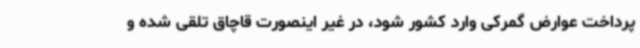
پرداخت عوارض گمرکی وارد کشور شود، در غیر اینصورت قاچاق تلقی شده و